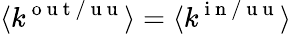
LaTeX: \langle k^{\mathrm{~o~u~t~/~u~u~}}\rangle=\langle k^{\mathrm{~i~n~/~u~u~}}\rangle